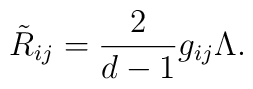
\tilde R_{ij} = \frac2{d-1} g_{ij} \Lambda.